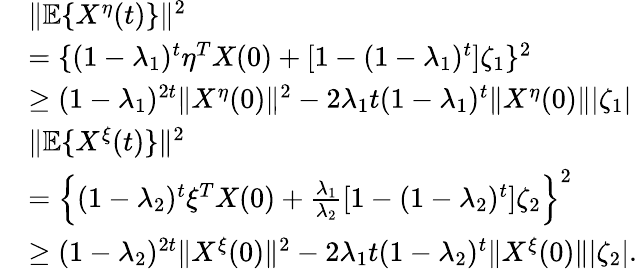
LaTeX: \begin{array}{rl}&{\| \mathbb{E}\{ X^{\eta}(t)\} \| ^{2}}\\ &{=\{ (1-\lambda_{1})^{t}\eta^{T}X(0)+[1-(1-\lambda_{1})^{t}]\zeta_{1}\} ^{2}}\\ &{\ge(1-\lambda_{1})^{2t}\| X^{\eta}(0)\| ^{2}-2\lambda_{1}t(1-\lambda_{1})^{t}\| X^{\eta}(0)\| |\zeta_{1}|}\\ &{\| \mathbb{E}\{ X^{\xi}(t)\} \| ^{2}}\\ &{=\Big\{ (1-\lambda_{2})^{t}\xi^{T}X(0)+\frac{\lambda_{1}}{\lambda_{2}}[1-(1-\lambda_{2})^{t}]\zeta_{2}\Big\} ^{2}}\\ &{\ge(1-\lambda_{2})^{2t}\| X^{\xi}(0)\| ^{2}-2\lambda_{1}t(1-\lambda_{2})^{t}\| X^{\xi}(0)\| |\zeta_{2}|.}\end{array}